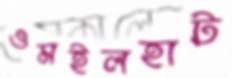
ওমইলহাট